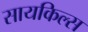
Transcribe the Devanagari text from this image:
सायकिल्स